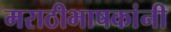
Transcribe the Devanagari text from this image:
मराठीभाषकांनी